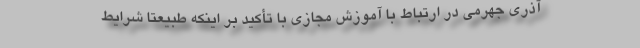
آذری جهرمی در ارتباط با آموزش مجازی با تأکید بر اینکه طبیعتاً شرایط